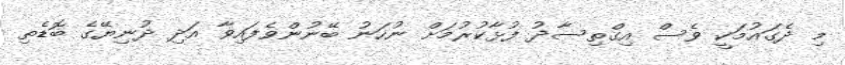
މި ދެގައުމަކީ ވެސް އިގްތިސާދު ފުޅާކުރުމަށް ނުހަނު ބޭނުންވެފައިވާ އަދި ދުނިޔޭގެ ބޮޑެތި